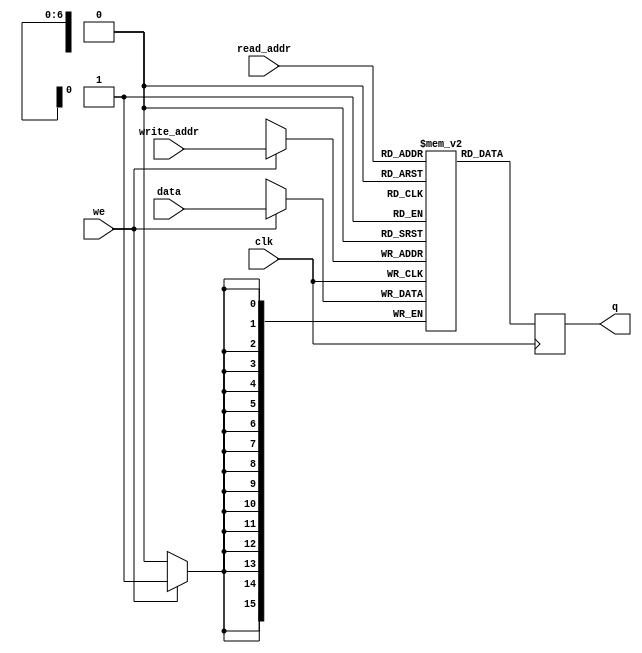
module DualPortRAM
#(parameter DATA_WIDTH=16, parameter ADDR_WIDTH=7)
(
    input signed[(DATA_WIDTH-1):0] data,
    input [(ADDR_WIDTH-1):0] read_addr, write_addr,
    input we, clk,
    output reg [(DATA_WIDTH-1):0] q
);

    // Declare the RAM variable
    reg signed[DATA_WIDTH-1:0] ram[2**ADDR_WIDTH-1:0];

    always @ (posedge clk)
    begin
        // Write
        if (we)
            ram[write_addr] <= data;

        // Read (if read_addr == write_addr, return OLD data).  To return
        // NEW data, use = (blocking write) rather than <= (non-blocking write)
        // in the write assignment.  NOTE: NEW data may require extra bypass
        // logic around the RAM.
        q <= ram[read_addr];
    end

endmodule